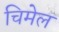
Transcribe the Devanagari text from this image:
चिमेल